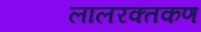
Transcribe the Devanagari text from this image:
लालरक्तकण